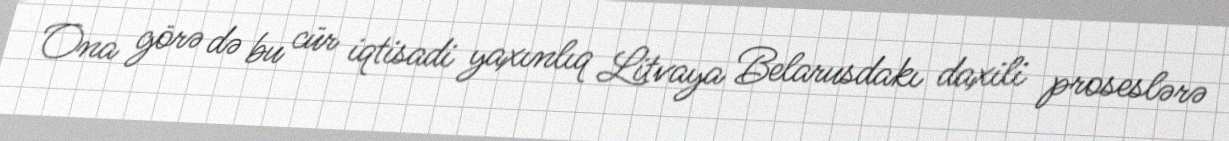
Ona görə də bu cür iqtisadi yaxınlıq Litvaya Belarusdakı daxili proseslərə